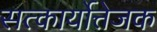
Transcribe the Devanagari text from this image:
सत्कार्योत्तेजक